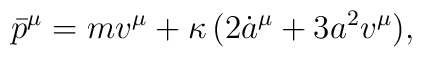
{\bar p}^{\mu}=mv^\mu+\kappa\,(2{\dot a}^\mu+3a^2v^\mu),